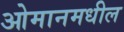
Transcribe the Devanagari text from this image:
ओमानमधील